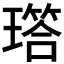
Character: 𬎐